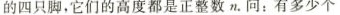
的四只脚，它们的高度都是正整数n。问：有多少个